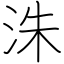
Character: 洙